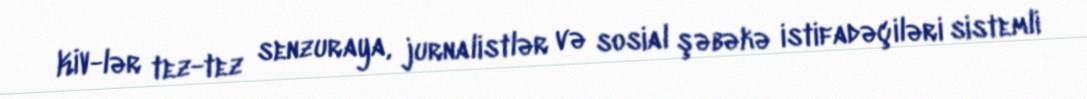
KİV-lər tez-tez senzuraya, jurnalistlər və sosial şəbəkə istifadəçiləri sistemli